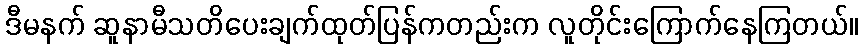
ဒီမနက် ဆူနာမီသတိပေးချက်ထုတ်ပြန်ကတည်းက လူတိုင်းကြောက်နေကြတယ်။